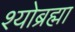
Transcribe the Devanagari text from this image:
श्योब्रह्मा